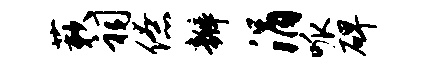
蔌祠僚瓣涓呱碑